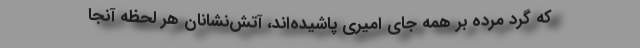
که گرد مرده بر همه جای امیری پاشیده‌اند، آتش‌نشانان هر لحظه آنجا